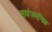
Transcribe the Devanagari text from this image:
सार्वजमनिक